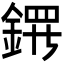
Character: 𬫤